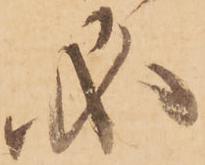
必